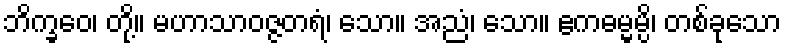
ဘိက္ခဝေ၊ တို့။ မဟာသာဝဇ္ဇတရံ၊ သော။ အညံ၊ သော။ ဧကဓမ္မမ္ပိ၊ တစ်ခုသော